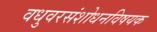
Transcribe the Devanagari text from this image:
वधुवरसंशोधनविषयक